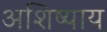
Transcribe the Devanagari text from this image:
अशिष्याय